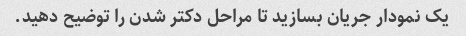
یک نمودار جریان بسازید تا مراحل دکتر شدن را توضیح دهید.